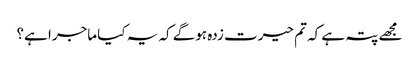
مجھے پتہ ہے کہ تم حیرت زدہ ہوگے کہ یہ کیا ماجرا ہے؟